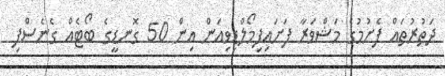
ދަތުރުތައް ފެށުމުގެ މަޝްވަރާ ފަށައިފިމޯލްޑިވިއަން އިން 50 ގޮނޑީގެ ބޯޓެއް ގެނެސްފި